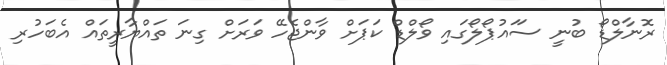
ރޮނާލްޑޯ ބުނީ ސަައުޕޯލޯގައި ވޯލްޑް ކަޕަށް ވާންޖެހޭ ވަރަށް ގިނަ ތައްޔާރީތައް އެބަހުރި